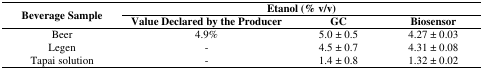
| <ROWSPAN=3> Beverage Sample | <COLSPAN=3> Etanol (% v/v) |
 | Value Declared by the Producer | GC | Biosensor |
 | --- | --- | --- | --- |
 | Beer | 4.9% | 5.0 ± 0.5 | 4.27 ± 0.03 |
 | Legen | - | 4.5 ± 0.7 | 4.31 ± 0.08 |
 | Tapai solution | - | 1.4 ± 0.8 | 1.32 ± 0.02 |